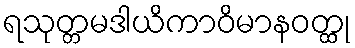
ရသုတ္တမဒါယိကာဝိမာနဝတ္ထု